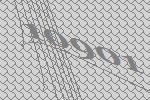
10901